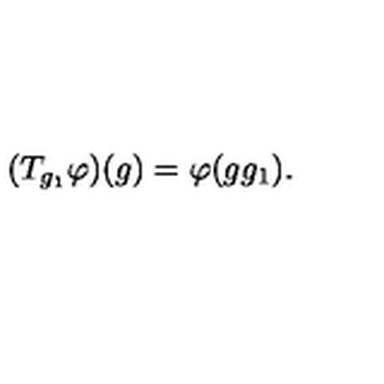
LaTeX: ( T _ { g _ { 1 } } \varphi ) ( g ) = \varphi ( g g _ { 1 } ) .